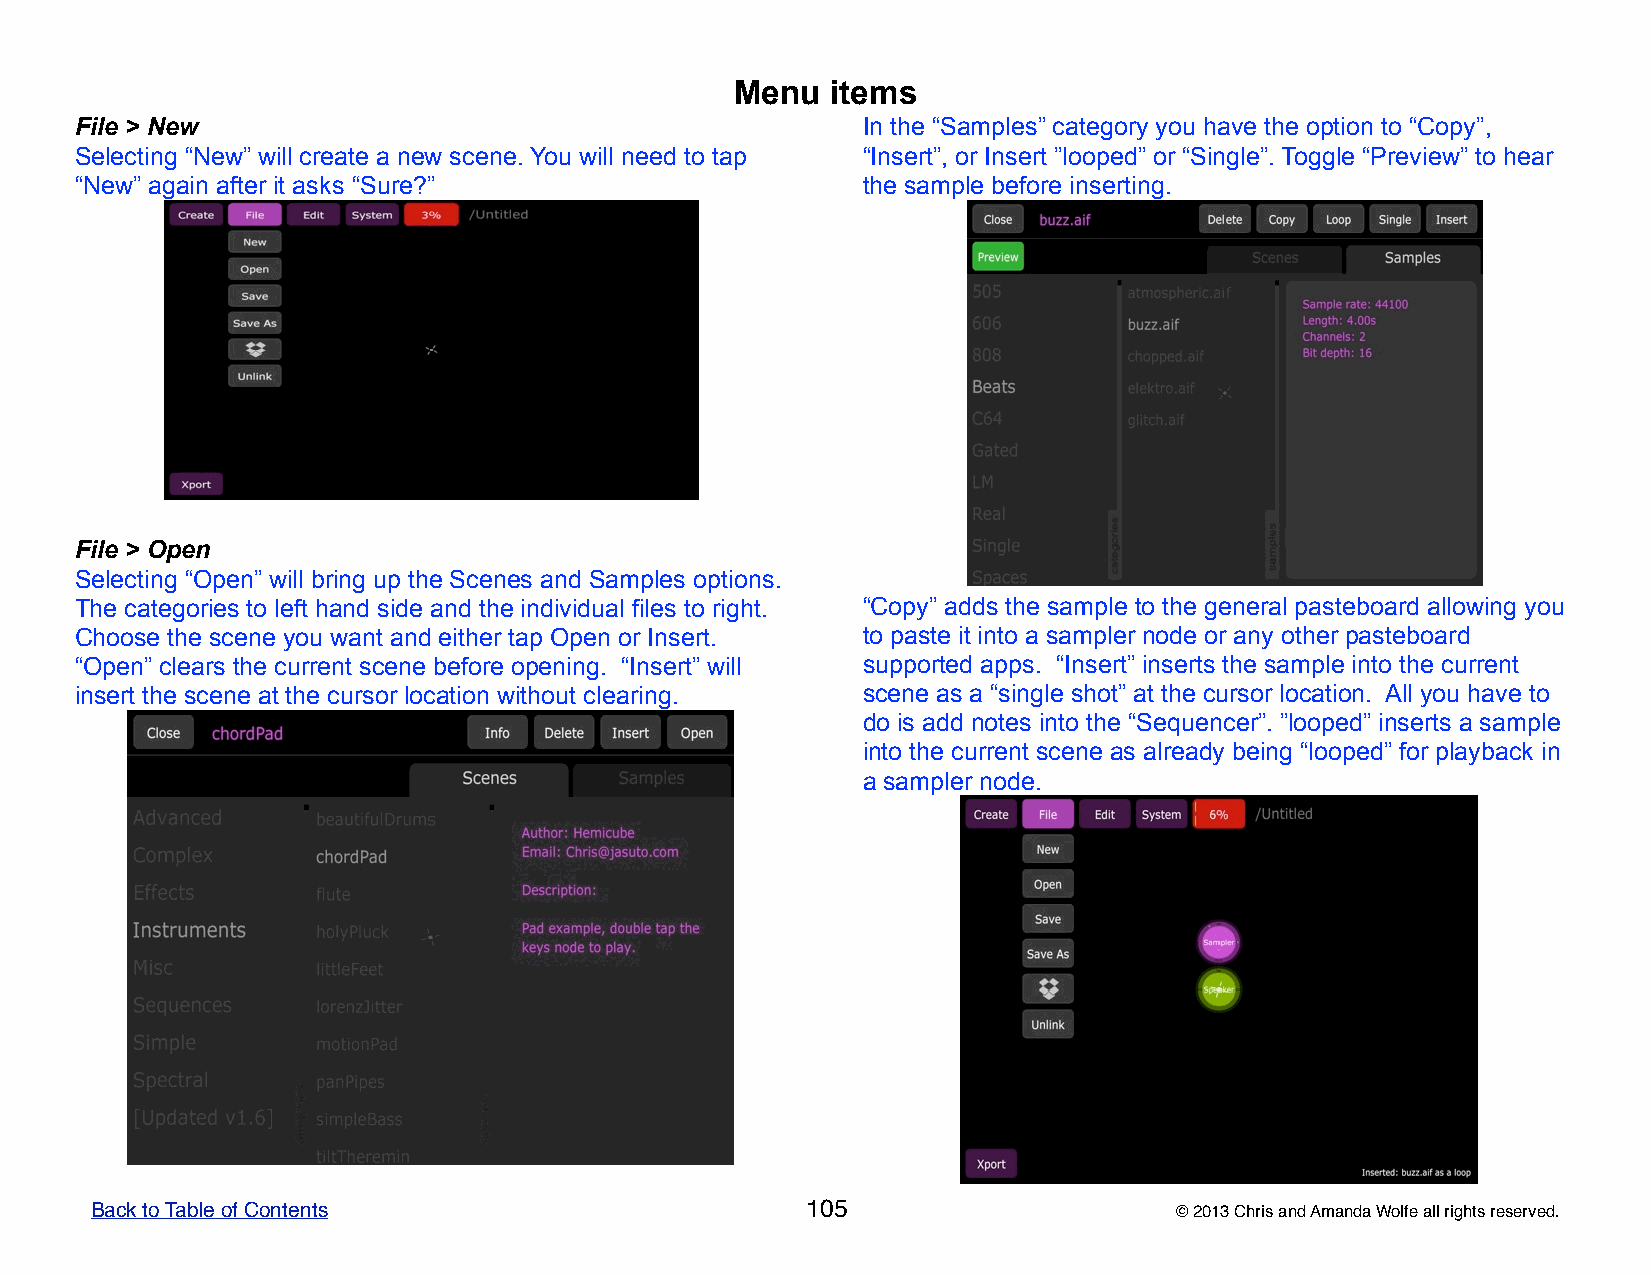
Menu  items
 File > New                                          In the “Samples” category you have the option to “Copy”,
 Selecting “New” will create a new scene. You will need to tap “Insert”, or Insert ”looped” or “Single”. Toggle “Preview” to hear
 “New” again after it asks “Sure?”                   the sample before inserting.
 File > Open
 Selecting “Open” will bring up the Scenes and Samples options.
 The categories to left hand side and the individual files to right. “Copy” adds the sample to the general pasteboard allowing you
 Choose the scene you want and either tap Open or Insert. to paste it into a sampler node or any other pasteboard
 “Open” clears the current scene before opening. “Insert” will supported apps. “Insert” inserts the sample into the current
 insert the scene at the cursor location without clearing. scene as a “single shot” at the cursor location. All you have to
 do is add notes into the “Sequencer”. ”looped” inserts a sample
 into the current scene as already being “looped” for playback in
 a sampler node.
 Back to Table of Contents                      105                      © 2013 Chris and Amanda Wolfe all rights reserved.